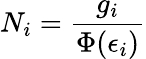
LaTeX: N_{i}={\frac{g_{i}}{\Phi(\epsilon_{i})}}